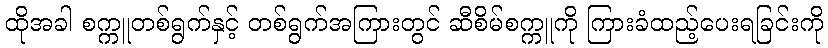
ထိုအခါ စက္ကူတစ်ရွက်နှင့် တစ်ရွက်အကြားတွင် ဆီစိမ်စက္ကူကို ကြားခံထည့်ပေးရခြင်းကို